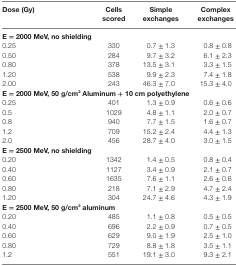
<table><thead><tr><td><b>Dose (Gy)</b></td><td><b>Cells scored</b></td><td><b>Simple exchanges</b></td><td><b>Complex exchanges</b></td></tr></thead><tbody><tr><td colspan="4"><b>E <b>=</b> 2000 MeV, no shielding</b></td></tr><tr><td>0.25</td><td>330</td><td>0.7 ± 1.3</td><td>0.8 ± 0.8</td></tr><tr><td>0.50</td><td>284</td><td>9.7 ± 3.2</td><td>6.1 ± 2.3</td></tr><tr><td>0.80</td><td>378</td><td>13.5 ± 3.1</td><td>3.3 ± 1.5</td></tr><tr><td>1.20</td><td>538</td><td>9.9 ± 2.3</td><td>7.4 ± 1.8</td></tr><tr><td>2.00</td><td>243</td><td>46.3 ± 7.0</td><td>15.3 ± 4.0</td></tr><tr><td colspan="4"><b>E <b>=</b> 2000 MeV, 50 g/cm<sup>2</sup> Aluminum <b>+</b> 10 cm polyethylene</b></td></tr><tr><td>0.25</td><td>401</td><td>1.3 ± 0.9</td><td>0.6 ± 0.6</td></tr><tr><td>0.5</td><td>1029</td><td>4.8 ± 1.1</td><td>2.0 ± 0.7</td></tr><tr><td>0.8</td><td>940</td><td>7.7 ± 1.5</td><td>1.6 ± 0.7</td></tr><tr><td>1.2</td><td>709</td><td>15.2 ± 2.4</td><td>4.4 ± 1.3</td></tr><tr><td>2.0</td><td>456</td><td>28.7 ± 4.0</td><td>3.0 ± 1.5</td></tr><tr><td colspan="4"><b>E <b>=</b> 2500 MeV, no shielding</b></td></tr><tr><td>0.20</td><td>1342</td><td>1.4 ± 0.5</td><td>0.8 ± 0.4</td></tr><tr><td>0.40</td><td>1127</td><td>3.4 ± 0.9</td><td>2.1 ± 0.7</td></tr><tr><td>0.60</td><td>1635</td><td>7.6 ± 1.1</td><td>2.6 ± 0.6</td></tr><tr><td>0.80</td><td>218</td><td>7.1 ± 2.9</td><td>4.7 ± 2.4</td></tr><tr><td>1.20</td><td>304</td><td>24.7 ± 4.6</td><td>4.3 ± 1.9</td></tr><tr><td colspan="4"><b>E <b>=</b> 2500 MeV, 50 g/cm<sup>2</sup> aluminum</b></td></tr><tr><td>0.20</td><td>485</td><td>1.1 ± 0.8</td><td>0.5 ± 0.5</td></tr><tr><td>0.40</td><td>696</td><td>2.2 ± 0.9</td><td>0.7 ± 0.5</td></tr><tr><td>0.60</td><td>629</td><td>9.0 ± 1.9</td><td>2.5 ± 1.0</td></tr><tr><td>0.80</td><td>729</td><td>8.8 ± 1.8</td><td>3.5 ± 1.1</td></tr><tr><td>1.2</td><td>551</td><td>19.1 ± 3.0</td><td>9.3 ± 2.1</td></tr></tbody></table>